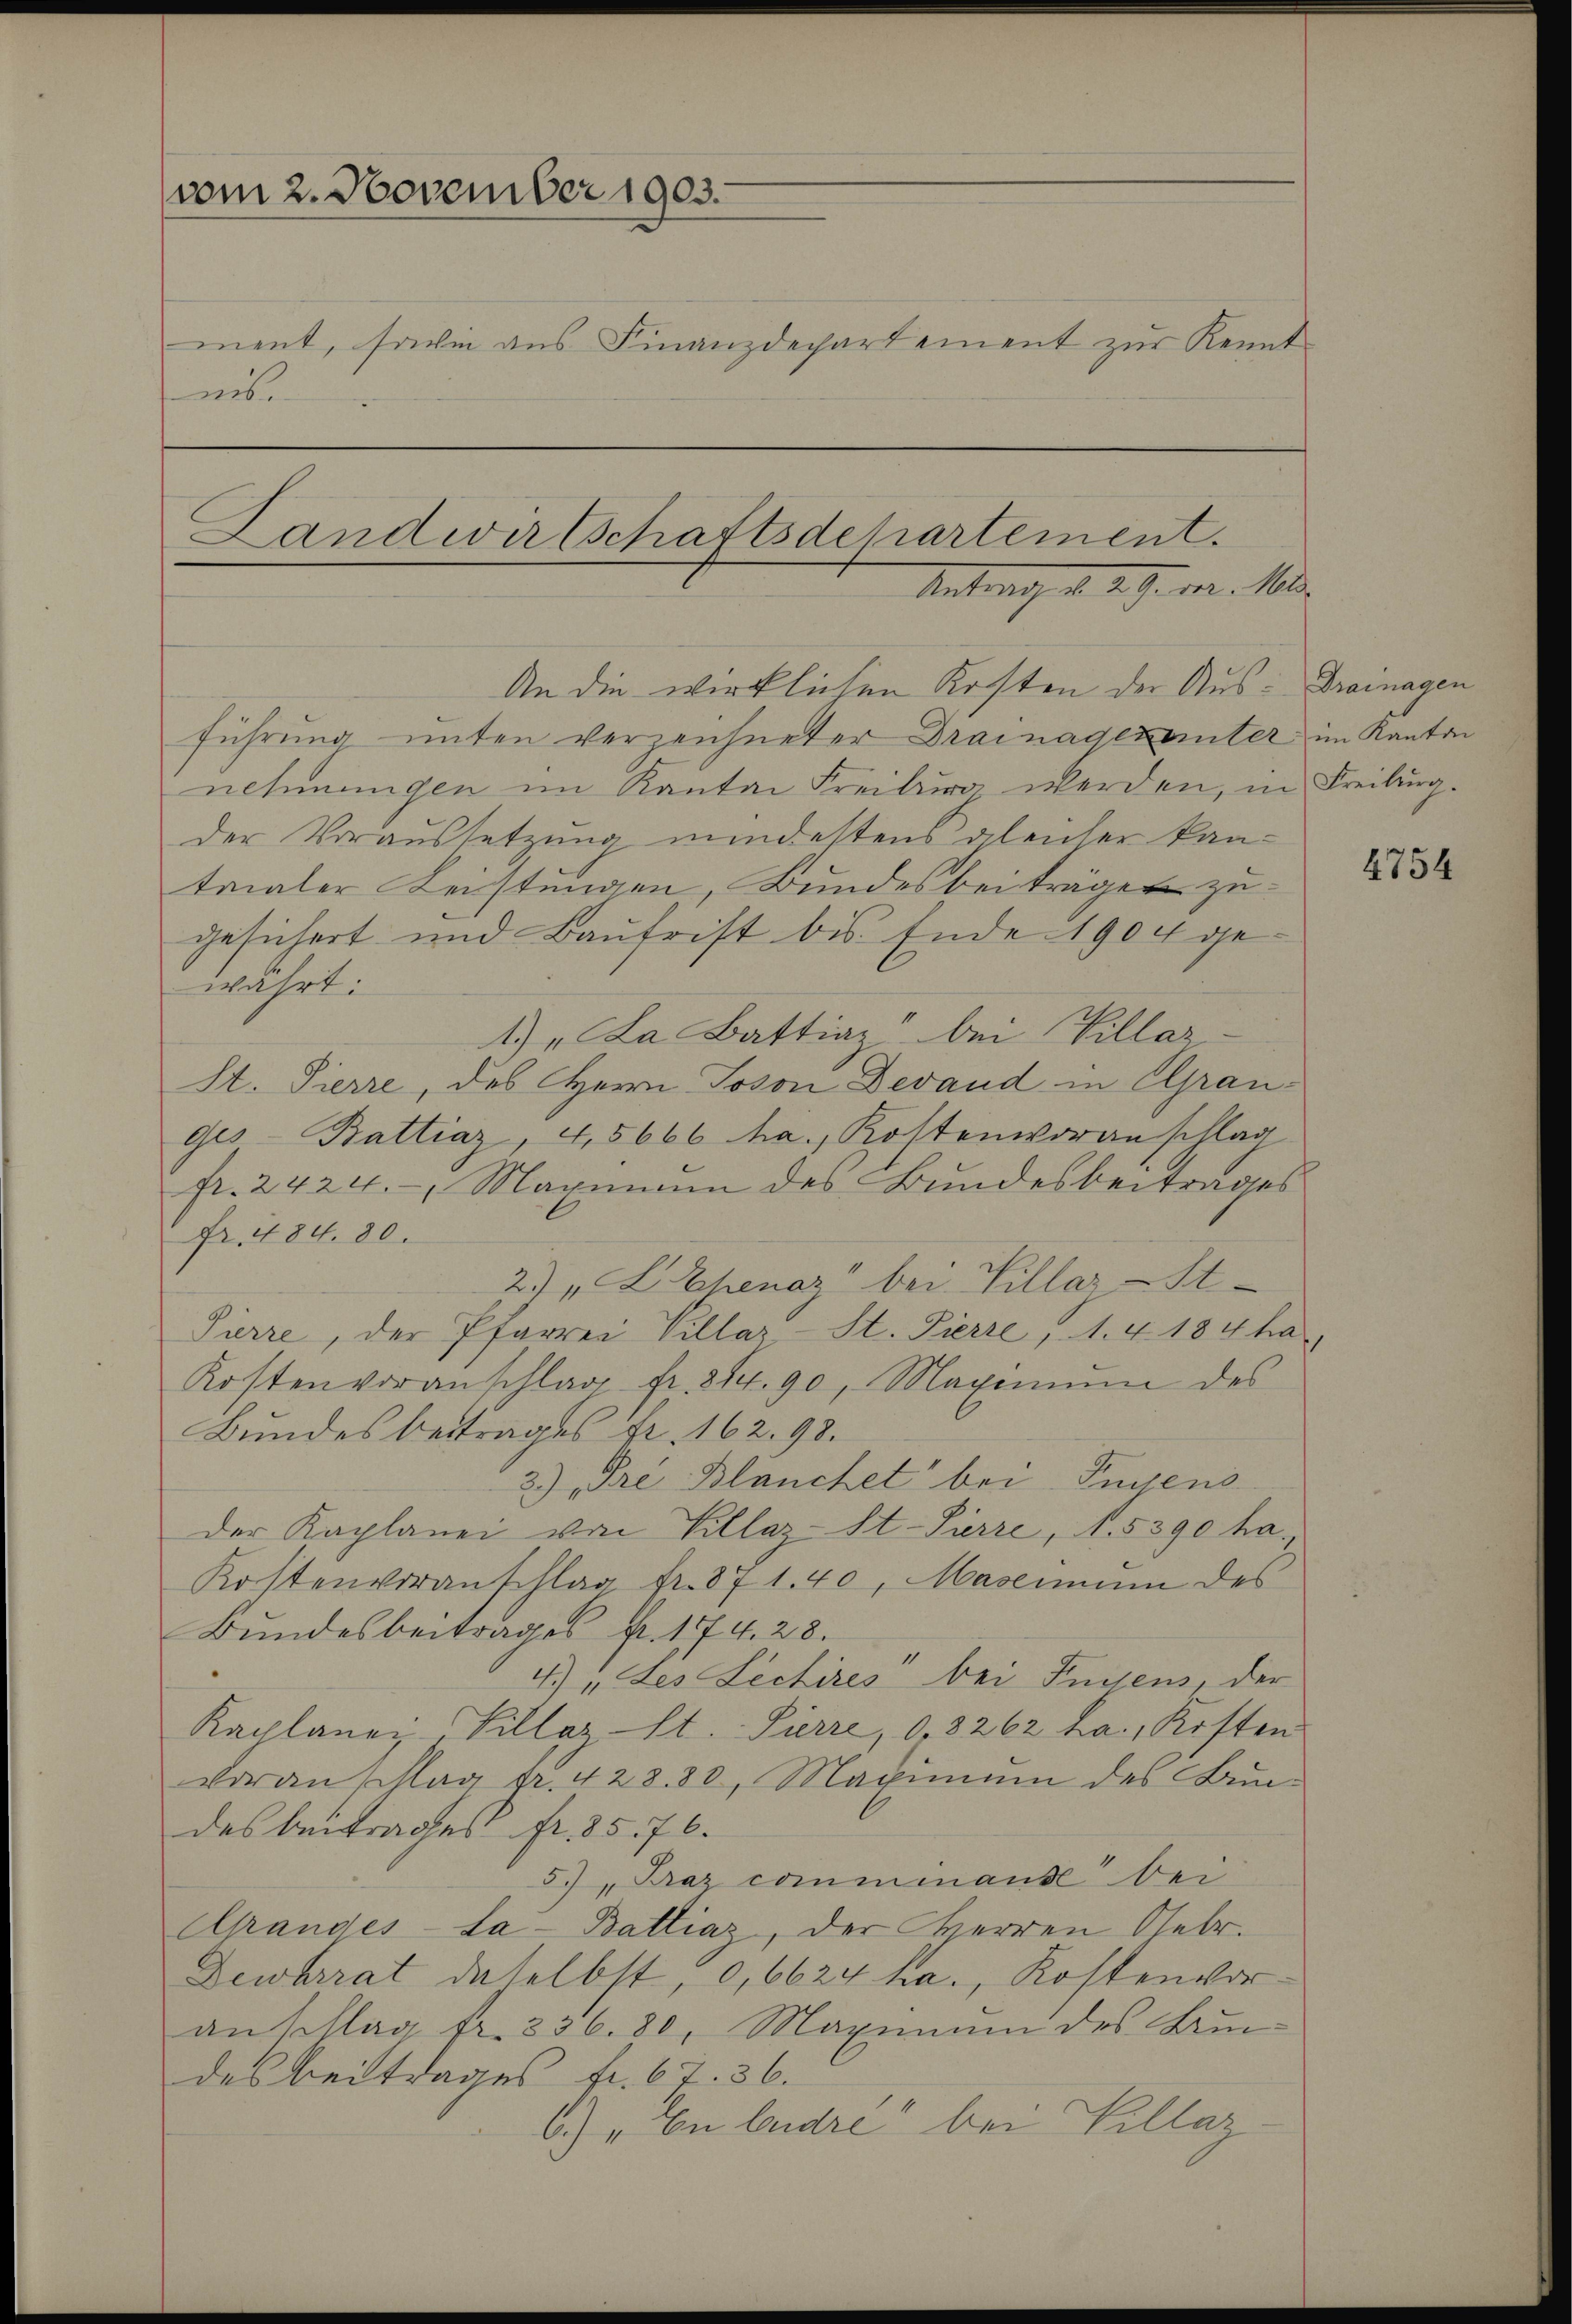
vom 2. November 1903.
ment, sowie aus Finanzdechartement zur Kennt
mb

Landwirtschaftsdepartement.
Antrag d. d. d. d. 1600.
An die wirklichen Kosten der Aus Drainagen

führung unten verzeichneter Drainagen unter im Kanton
nehmungen im Kanton Freiburg werden, in Freiburg.
der Voraussetzung mindestens alenter kan-
trialer Leistungen, Bundesbeiträge zu
gesichert und Baufrist bis Ende 1904 gewahrt:
1) „La Battiaz" bei Villaz-
St. Pierre, des Herrn Joson Devand in Grauges Battiaz, 4,5666 ha., Kostenvoranschlag
fr. 2424. Maximann des Bundesbeitrages
Fr. 184. 80.
27 "LEpenaz" bei Villar St
Pierre, der Pfarrer Villar- St. Pierre, A. & 184 ha
Kostenvoranschlage fr. 214. 90, Maximŭm des
Bundesbeitrages Fr. 162. 98.
2) „Dre Blanchet bei Fussens
Der Kaplanei von Killaz-St.-Pierre, N. 5390 ha
Kostenvoranschlag fr. 871. 40, Mademium des
Bundesbeitrages fr. 1774. 28.
4.) „des Lectires“ bei Fugens, der
Kaplaney-Villaz-St. Pierre, 0,8262 La., Kosten
voranschlag fr. 428. 30. Maximŭm des Bun-
des beitrages fr. 85. 76.
57 "Braz commenause bei
Grandes-La-Battiaz, der Herren Gebr.
Dewtrrat daselbst, 0,6624 ha., Kostenvor
anschlag fr. 336. 80, Maximum des Bru
des Beitrages fr. 67. 36.
6) „En budre" bei Villaz

4754